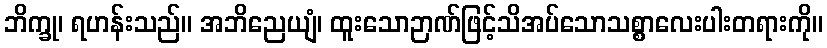
ဘိက္ခု၊ ရဟန်းသည်။ အဘိညေယျံ၊ ထူးသောဉာဏ်ဖြင့်သိအပ်သောသစ္စာလေးပါးတရားကို။